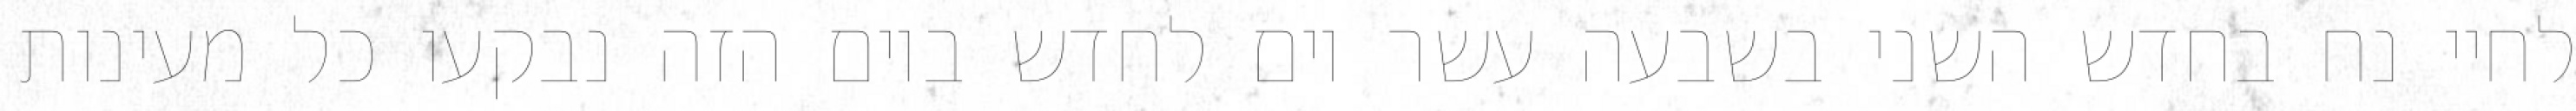
לחיי נח בחדש השני בשבעה עשר יום לחדש ביום הזה נבקעו כל מעינות